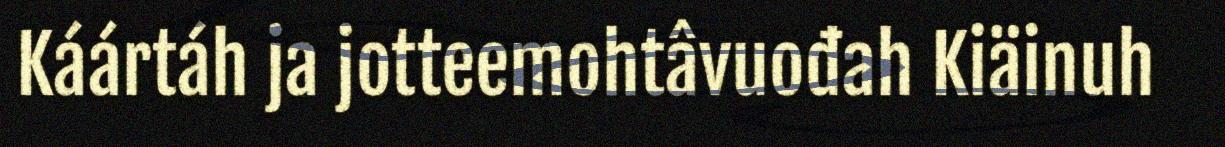
Káártáh ja jotteemohtâvuođah Kiäinuh